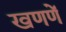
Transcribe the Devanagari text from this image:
खणणें